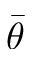
\bar { \theta }